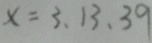
x = 3 , 1 3 , 3 9